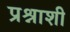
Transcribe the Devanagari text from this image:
प्रश्नाशी